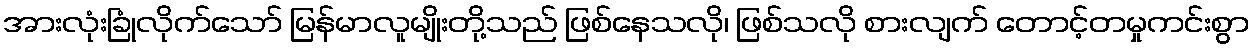
အားလုံးခြုံလိုက်သော် မြန်မာလူမျိုးတို့သည် ဖြစ်နေသလို၊ ဖြစ်သလို စားလျက် တောင့်တမှုကင်းစွာ